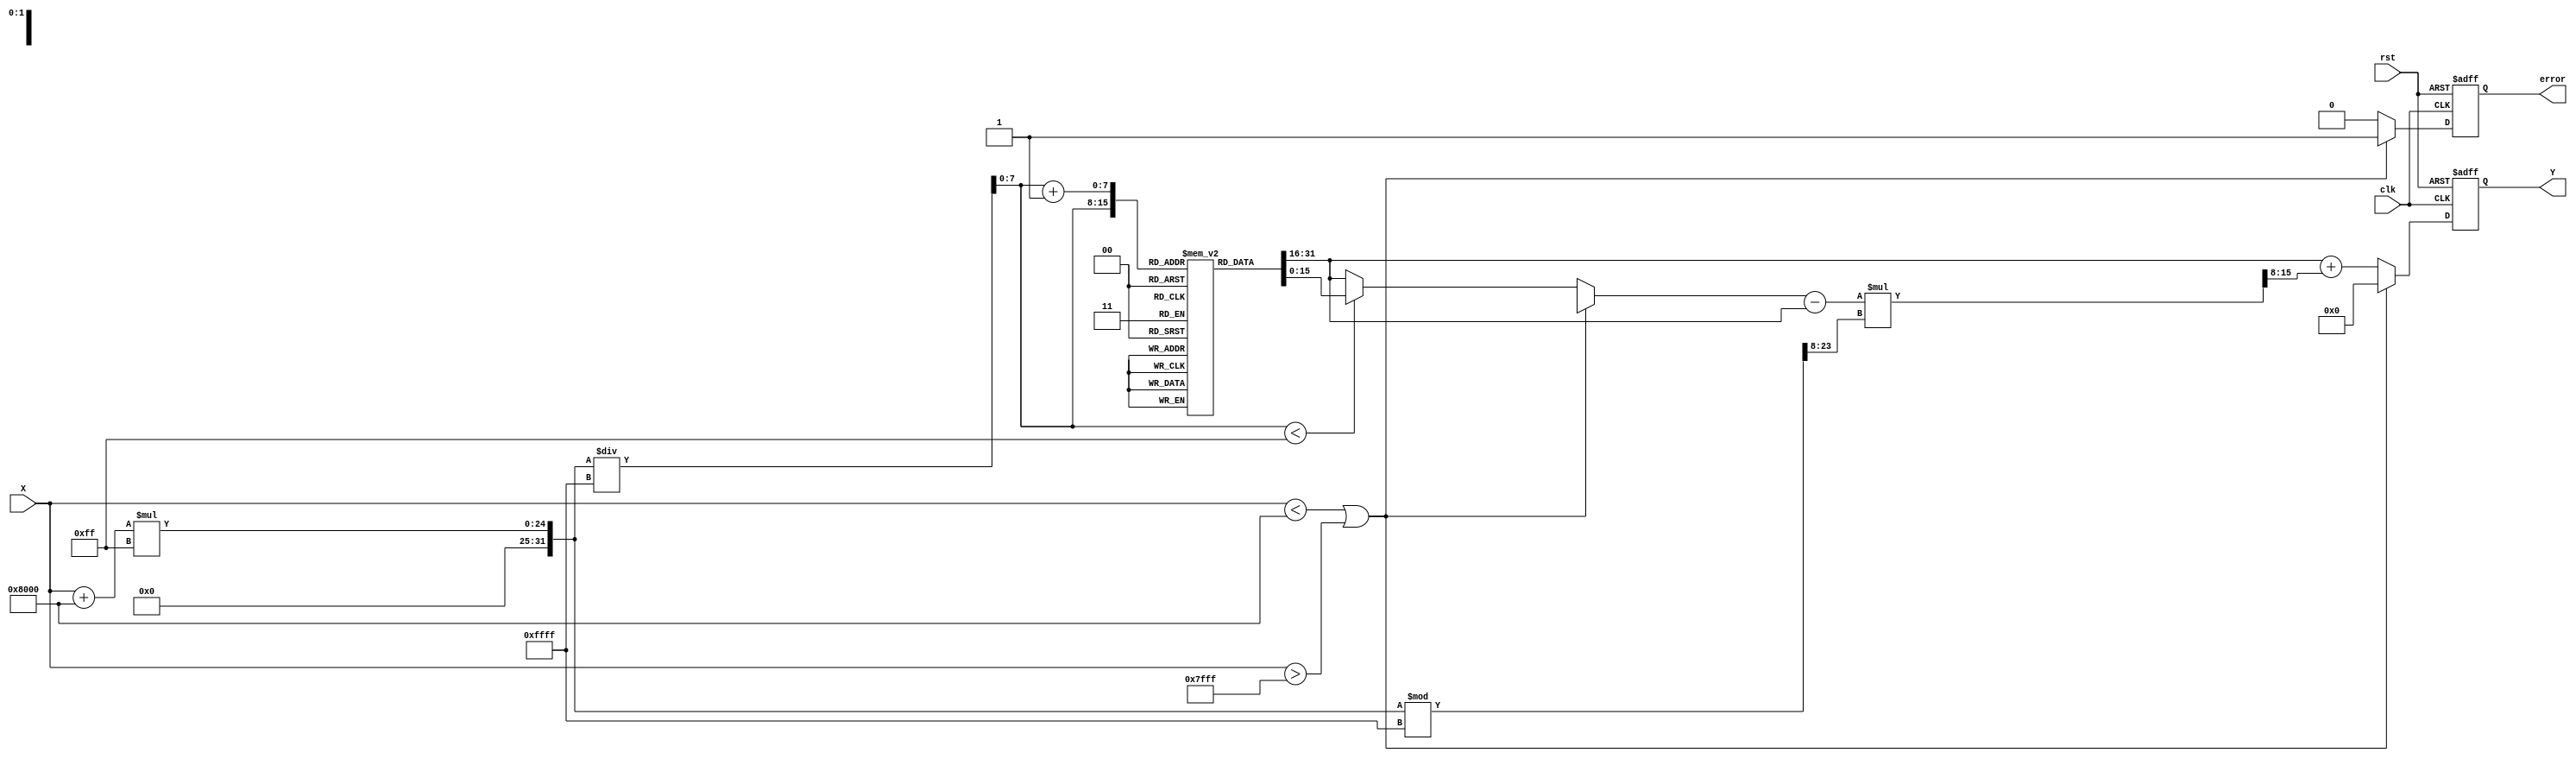
module asin_block (
    input wire clk,
    input wire rst,
    input wire [15:0] X, // Input signal in fixed-point format [-1, 1]
    output reg [15:0] Y, // Output signal in fixed-point format (radians)
    output reg error // Error signal for invalid inputs
);

    // Parameters
    parameter LUT_SIZE = 256; // Number of entries in the LUT
    parameter LUT_WIDTH = 16;  // Width of LUT entries
    parameter INTERPOLATION_FACTOR = 8; // Factor for interpolation

    // LUT for asin values (precomputed)
    reg [LUT_WIDTH-1:0] asin_lut [0:LUT_SIZE-1];

    // Internal signals
    reg [7:0] index; // LUT index
    reg [7:0] index_next; // Next index for interpolation
    reg [LUT_WIDTH-1:0] lut_value1, lut_value2; // LUT values for interpolation
    reg [LUT_WIDTH-1:0] interpolated_value; // Interpolated value
    reg [15:0] fractional_part; // Fractional part for interpolation

    // Initialize LUT with precomputed asin values (example values)
    initial begin
        // Populate the LUT with precomputed asin values
        // This should be filled with actual asin values for the range [-1, 1]
        // For example:
        // asin_lut[0] = 16'h8000; // asin(-1)
        // asin_lut[1] = 16'hC000; // asin(-0.99)
        // ...
        // asin_lut[255] = 16'h0000; // asin(1)
    end

    // Input handling and LUT indexing
    always @(posedge clk or posedge rst) begin
        if (rst) begin
            Y <= 16'h0000;
            error <= 1'b0;
        end else begin
            // Check input range
            if (X < 16'h8000 || X > 16'h7FFF) begin // [-1, 1] in fixed-point
                error <= 1'b1; // Set error signal
                Y <= 16'h0000; // Return NaN or error code
            end else begin
                error <= 1'b0; // Clear error signal

                // Scale input to index for LUT
                index = (X + 16'h8000) * (LUT_SIZE - 1) / 16'hFFFF; // Scale to [0, LUT_SIZE-1]

                // Get LUT values for interpolation
                lut_value1 = asin_lut[index];
                if (index < LUT_SIZE - 1) begin
                    index_next = index + 1;
                    lut_value2 = asin_lut[index_next];
                end else begin
                    lut_value2 = lut_value1; // No interpolation needed at the end
                end

                // Calculate fractional part for interpolation
                fractional_part = ((X + 16'h8000) * (LUT_SIZE - 1) % 16'hFFFF) >> (16 - INTERPOLATION_FACTOR);

                // Linear interpolation
                interpolated_value = lut_value1 + ((lut_value2 - lut_value1) * fractional_part >> INTERPOLATION_FACTOR);

                // Assign output
                Y <= interpolated_value;
            end
        end
    end

endmodule